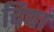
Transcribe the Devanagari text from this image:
चिपा